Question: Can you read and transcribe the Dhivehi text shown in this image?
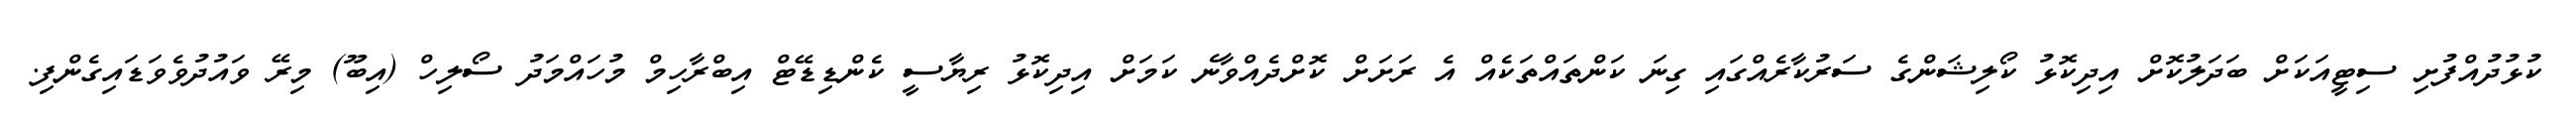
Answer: ކުޅުދުއްފުށި ސިޓީއަކަށް ބަދަލުކޮށް އިދިކޮޅު ކޯލިޝަންގެ ސަރުކާރެއްގައި ގިނަ ކަންތައްތަކެއް އެ ރަށަށް ކޮށްދެއްވާނެ ކަމަށް އިދިކޮޅު ރިޔާސީ ކެންޑިޑޭޓް އިބްރާހިމް މުހައްމަދު ސޯލިހް (އިބޫ) މިރޭ ވައުދުވެވަޑައިގެންފި.